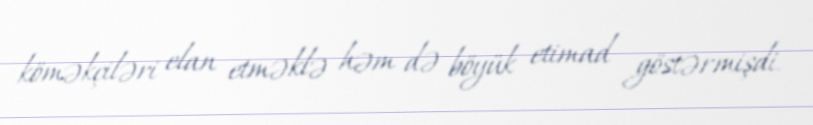
köməkçiləri elan etməklə həm də böyük etimad göstərmişdi.